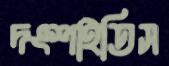
দংশাইতিস